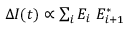
\begin{array} { r } { \Delta I ( t ) \propto \sum _ { i } E _ { i } \ E _ { i + 1 } ^ { * } } \end{array}